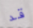
قد